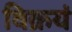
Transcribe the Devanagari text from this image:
विक्रयं